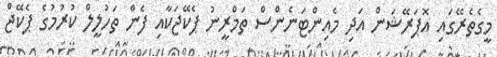
މީގެތެރޭގައި އޮޕަރޭޝަން އަދި މެއިންޓަނެންސް ތަމްރީނު ޕެކޭޖަކާއި ފެން ތަހުލީލް ކުރުމުގެ ޕެކޭޖް